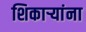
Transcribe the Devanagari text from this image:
शिकार्‍यांना